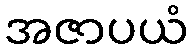
အဇာပယံ